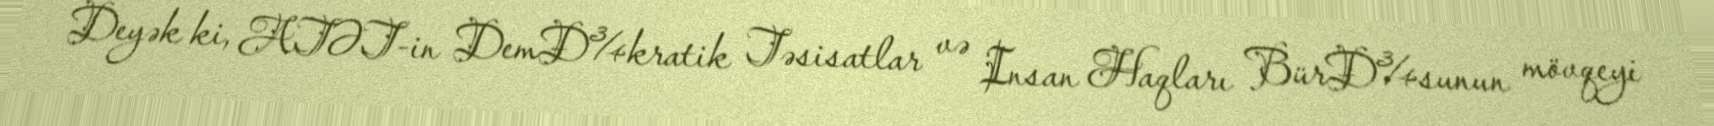
Deyək ki, ATƏT-in DemÐ¾kratik Təsisatlar və Insan Haqları BürÐ¾sunun mövqeyi